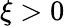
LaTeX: \xi>0